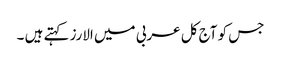
جس کو آج کل عربی میں الارز کہتے ہیں ۔